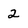
Character: 2